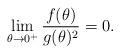
LaTeX: \begin{align*}\lim_{\theta\to 0^+} \frac{f(\theta)}{g(\theta)^2}=0.\end{align*}